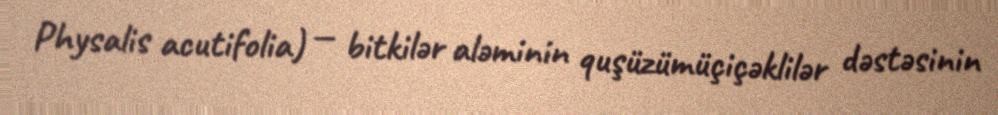
Physalis acutifolia) — bitkilər aləminin quşüzümüçiçəklilər dəstəsinin